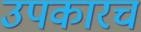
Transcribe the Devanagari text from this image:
उपकारच